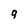
Character: g